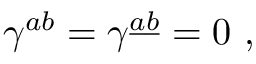
\gamma ^ { a b } = \gamma ^ { \underline { { a } } \underline { { b } } } = 0 \ ,